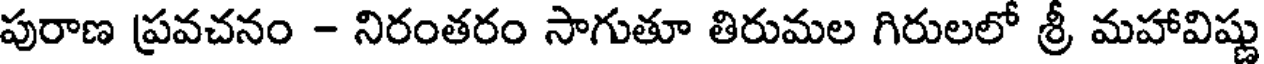
పురాణ ప్రవచనం - నిరంతరం సాగుతూ తిరుమల గిరులలో శ్రీ మహావిష్ణు